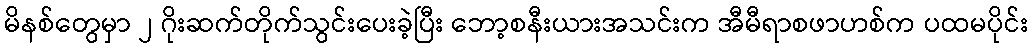
မိနစ်တွေမှာ ၂ ဂိုးဆက်တိုက်သွင်းပေးခဲ့ပြီး ဘော့စနီးယားအသင်းက အီမီရာစဖာဟစ်က ပထမပိုင်း